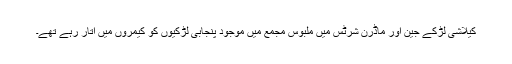
کیلاشی لڑکے جین اور ماڈرن شرٹس میں ملبوس مجمع میں موجود پنجابی لڑکیوں کو کیمروں میں اُتار رہے تھے۔